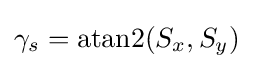
\gamma _{s}=\mathrm {atan2} (S_{x},S_{y})